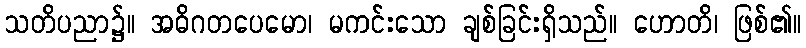
သတိပညာ၌။ အဓိဂတပေမော၊ မကင်းသော ချစ်ခြင်းရှိသည်။ ဟောတိ၊ ဖြစ်၏။